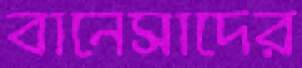
বানেসাদের